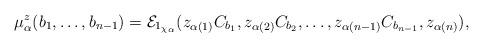
LaTeX: \begin{align*}\mu^z_\alpha(b_1, \ldots, b_{n-1}) = \mathcal{E}_{1_{\chi_\alpha}}(z_{\alpha(1)} C_{b_1}, z_{\alpha(2)} C_{b_2}, \ldots, z_{\alpha(n-1)} C_{b_{n-1}}, z_{\alpha(n)}),\end{align*}